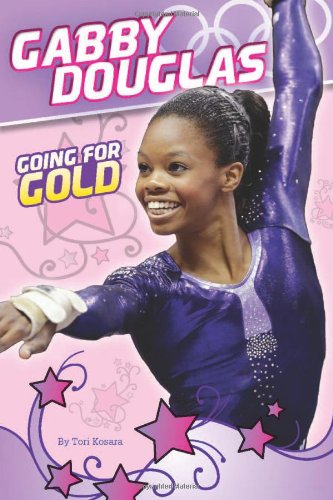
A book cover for Gabby Douglas: Going for Gold; Tori Kosara; Children's Books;